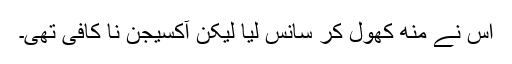
اس نے مُنھ کھول کر سانس لیا لیکن آکسیجن نا کافی تھی۔